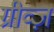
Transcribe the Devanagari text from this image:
ग्रीव्ज़